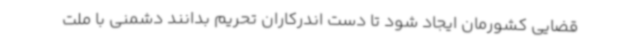
قضایی کشورمان ایجاد شود تا دست اندرکاران تحریم بدانند دشمنی با ملت